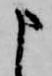
申